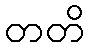
တတိ